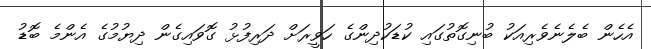
އެހެން ބެލެނެވެރިއަކު ބުނިގޮތުގައި ކުޑަކުދިންގެ ހަވީރަށް ދަރިފުޅު ގޮވައިގެން ދިޔުމުގެ އެންމެ ބޮޑު